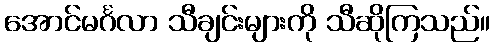
အောင်မင်္ဂလာ သီချင်းများကို သီဆိုကြသည်။